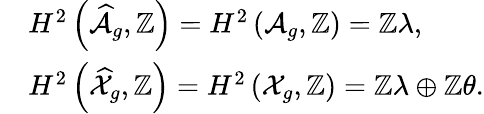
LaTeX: \begin{array}{rl}&{H^{2}\left(\widehat{\mathcal{A}}_{g},\mathbb{Z}\right)=H^{2}\left({\mathcal{A}}_{g},\mathbb{Z}\right)=\mathbb{Z}\lambda,}\\ &{H^{2}\left(\widehat{\mathcal{X}}_{g},\mathbb{Z}\right)=H^{2}\left({\mathcal{X}}_{g},\mathbb{Z}\right)=\mathbb{Z}\lambda\oplus\mathbb{Z}\theta.}\end{array}